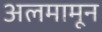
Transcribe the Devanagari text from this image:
अलमामून